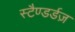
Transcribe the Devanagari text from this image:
स्टैण्डर्डज़